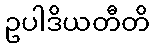
ဥပါဒိယတီတိ